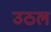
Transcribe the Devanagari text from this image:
उठल